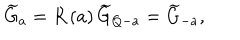
LaTeX: \widetilde { G } _ { a } = R \left( a \right) \widetilde { G } _ { Q - a } = \widetilde { G } _ { - a } ,